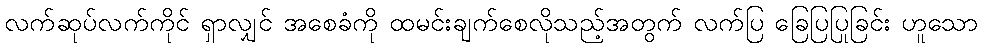
လက်ဆုပ်လက်ကိုင် ရှာလျှင် အစေခံကို ထမင်းချက်စေလိုသည့်အတွက် လက်ပြ ခြေပြပြုခြင်း ဟူသော